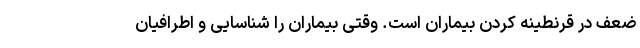
ضعف در قرنطینه کردن بیماران است. وقتی بیماران را شناسایی و اطرافیان